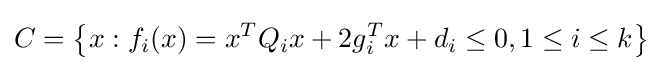
{C}=\left\{x:f_{i}(x)=x^{T}Q_{i}x+2g_{i}^{T}x+d_{i}\leq 0,1\leq i\leq k\right\}